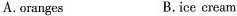
A.oranges B.ice eream